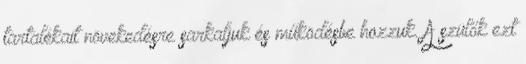
tartalékait növekedésre sarkaljuk és működésbe hozzuk. A szülők ezt